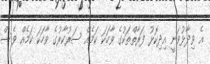
އެ ވިދާޅުވަނީ އިދިކޮޅު ފަރާތްތަކުގެ ވާހަކަ ކަމެއް ސަރުކާރުގެ ވާހަކަ ކަމެއް ވެސް